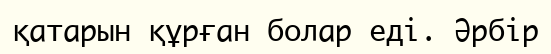
қатарын құрған болар еді. Әрбір